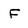
Character: F